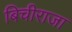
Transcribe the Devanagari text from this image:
बिचीराजा